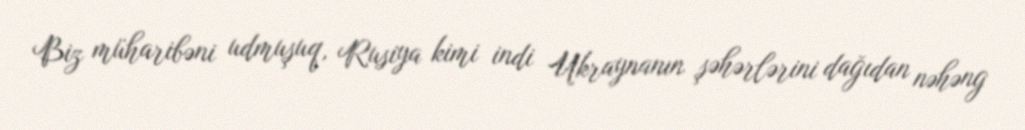
Biz müharibəni udmuşuq, Rusiya kimi indi Ukraynanın şəhərlərini dağıdan nəhəng